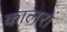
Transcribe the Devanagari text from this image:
कालरों